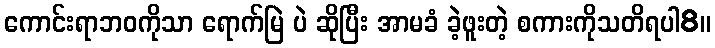
ကောင်းရာဘဝကိုသာ ရောက်မြဲ ပဲ ဆိုပြီး အာမခံ ခဲ့ဖူးတဲ့ စကားကိုသတိရပါ8။